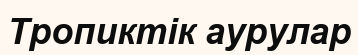
Тропиктік аурулар